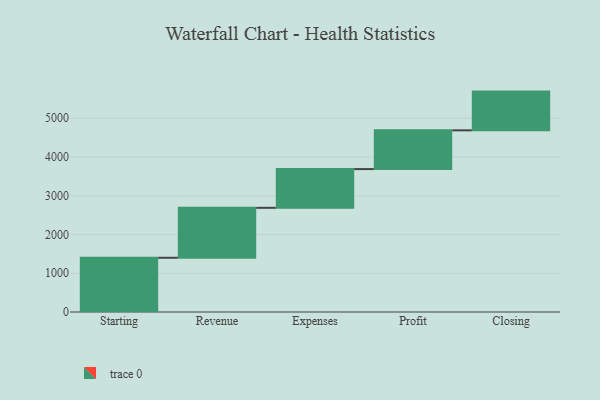
{"axis": {"x": "Step", "y": "Value"}, "legend": [""], "data": [{"x": "Starting", "y": 1400.0, "type": ""}, {"x": "Revenue", "y": 1289.0, "type": ""}, {"x": "Expenses", "y": 1000, "type": ""}, {"x": "Profit", "y": 1000, "type": ""}, {"x": "Closing", "y": 1000, "type": ""}]}